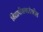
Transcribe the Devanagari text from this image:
विद्यापीठाचादेखील